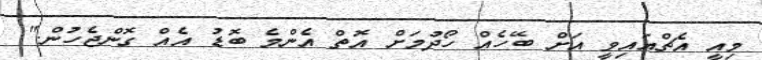
މިއީ އެޗްއައިވީ އަށް ބޭހެއް ހޯދުމަށް އޮތް އެންމެ ބޮޑު އެއް ގޮންޖެހުން."